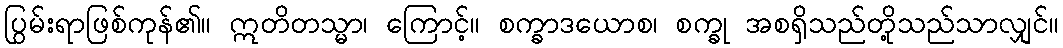
ပြွမ်းရာဖြစ်ကုန်၏။ ဣတိတသ္မာ၊ ကြောင့်။ စက္ခာဒယောစ၊ စက္ခု အစရှိသည်တို့သည်သာလျှင်။